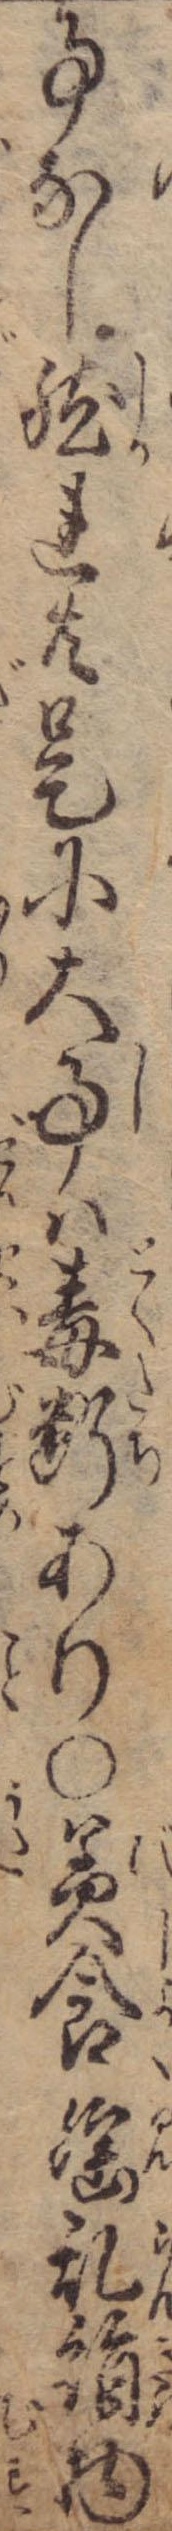
事なし然れ共是に大事は毒断あり〇美食淫乱絹物